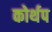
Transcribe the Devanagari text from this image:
कोर्थप